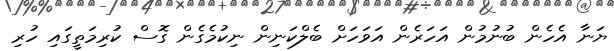
ޔަނާ އެހެން ބުނުމުން އަހަރެން އަވަހަށް ބެލްކަނިން ނިކުމެގެން ގޮސް ކުރިމަތީގައި ހުރި